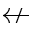
\nleftarrow